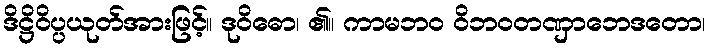
ဒိဋ္ဌိဝိပ္ပယုတ်အားဖြင့်။ ဒုဝိဓော၊ ၏။ ကာမဘဝ ဝိဘဝတဏှာဘေဒတော၊